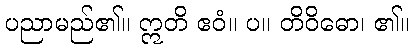
ပညာမည်၏။ ဣတိ ဧဝံ။ ပ။ တိဝိဓော၊ ၏။